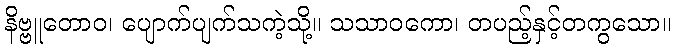
နိဗ္ဗူတောဝ၊ ပျောက်ပျက်သကဲ့သို့။ သသာဝကော၊ တပည့်နှင့်တကွသော။